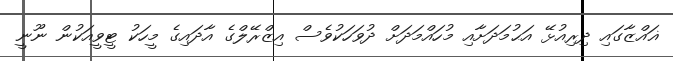
ޣައްޒާގައި ދިރިއުޅޭ އަޙުމަދަށާއި މުހައްމަދަށް ދުވަހަކުވެސް އިޒްރޭލްގެ އާދައިގެ މީހަކު ޓީވީއަކުން ނޫނީ